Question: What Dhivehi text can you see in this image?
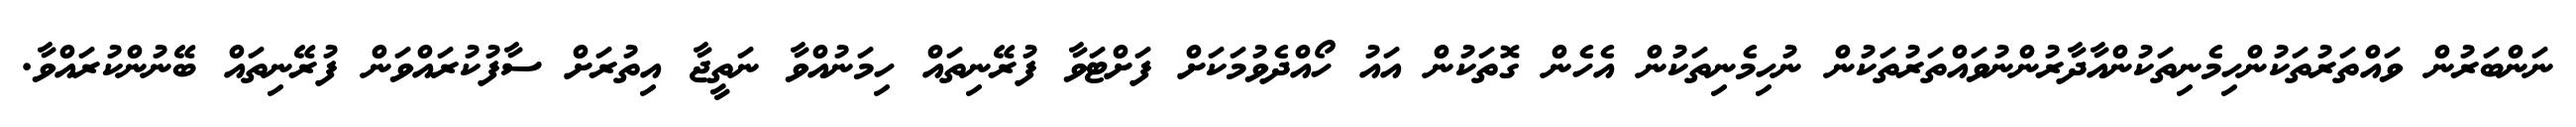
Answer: ނަންބަރުން ވައްތަރުތަކުންހިމެނިތަކުންއާދާރުންނުވައްތަރުތަކުން ނުހިމެނިތަކުން އެހެން ގޮތަކުން އައު ހޯއްދެވުމަކަށް ފަށްޓަވާ ފުރޭނިތައް ހިމަނުއްވާ ނަތީޖާ އިތުރަށް ސާފުކުރައްވަން ފުރޭނިތައް ބޭނުންކުރައްވާ.